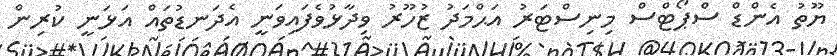
ޔޫތު އެންޑް ސްޕޯޓްސް މިނިސްޓަރު އަޙްމަދު ޒުހޫރު ވިދާޅުވެފައިވަނީ އެދަނޑުތައް އަޅަނީ ކުރިން